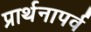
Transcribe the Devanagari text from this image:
प्रार्थनापर्व